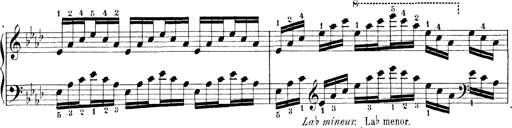
Title: Technische Studien
Composer: Franz Liszt